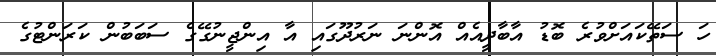
ހަ ސަތޭކައަށްވުރެ ބޮޑު އާބާދީއެއް އޮންނަ ނަރުދޫގައި އާ އިންޖީނުގޭގެ ސަބަބުން ކަރަންޓުގެ